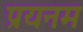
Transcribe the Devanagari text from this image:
प्रयनम